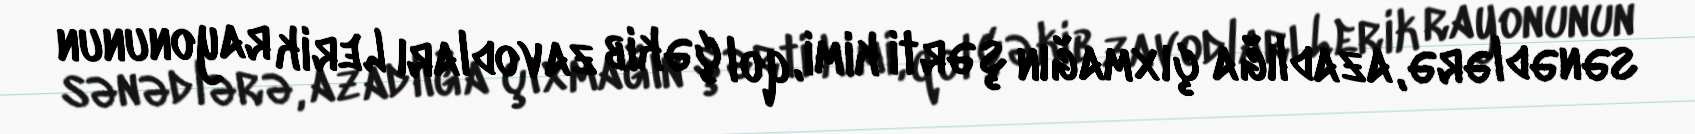
sənədlərə, azadlığa çıxmağın şərti kimi, qol çəkib zavodları Lerik rayonunun